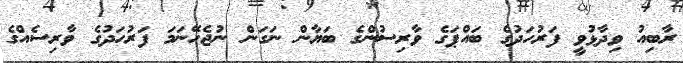
ރާބިއު ވިދާޅުވީ ފަރުހަދުގެ ބައްޕަގެ ވާރިސުންގެ ބަޔާން ނަގަން ނުޖެހޭނަމަ ފަރުހަދުގެ ވާރިސެއްގެ